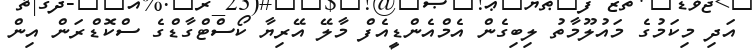
އަދި މިކަމުގެ މައުލޫމާތު ލިބިގެން އެމްއެންޑީއެފް މާލޭ އޭރިޔާ ކޯސްޓްގާޑްގެ ސްކޮޑްރަން އިން